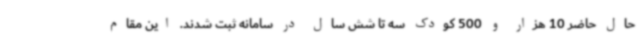
حال حاضر 10 هزار و 500 کودک سه تا شش سال در سامانه ثبت شدند. این مقام